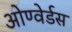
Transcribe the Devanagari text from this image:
ओण्वेर्डस